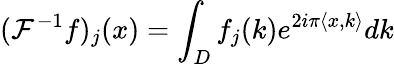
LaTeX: (\mathcal{F}^{-1}f)_{j}(x)=\int_{D}f_{j}(k)e^{2i\pi\langle x,k\rangle}dk